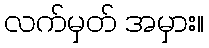
လက်မှတ် အမှား။